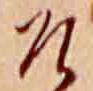
そ